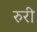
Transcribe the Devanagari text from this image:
रुरी